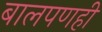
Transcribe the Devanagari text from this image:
बालपणही